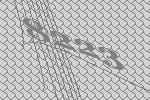
8223